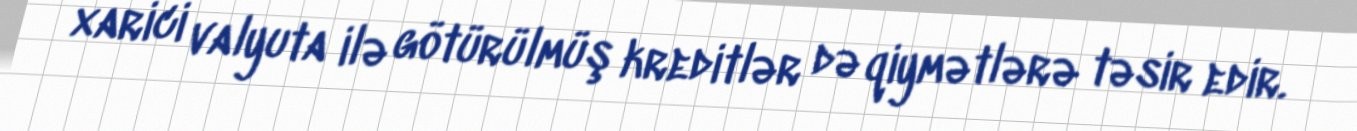
xarici valyuta ilə götürülmüş kreditlər də qiymətlərə təsir edir.